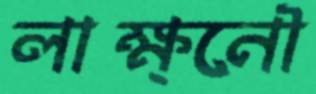
লাক্ষ্নৌ